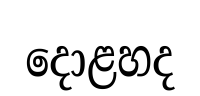
දොළහද